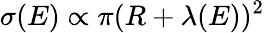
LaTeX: \sigma(E)\propto\pi(R+\lambda(E))^{2}